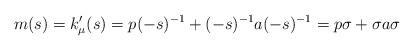
LaTeX: \begin{align*} m(s)=k'_{\mu}(s) =p (-s)^{-1}+(-s)^{-1} a(-s)^{-1}= p\sigma+\sigma a \sigma \end{align*}